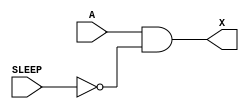
module sky130_fd_sc_hd__lpflow_inputiso0p (
    X    ,
    A    ,
    SLEEP
);

    // Module ports
    output X    ;
    input  A    ;
    input  SLEEP;

    // Module supplies
    supply1 VPWR;
    supply0 VGND;
    supply1 VPB ;
    supply0 VNB ;

    // Local signals
    wire sleepn;

    //  Name  Output  Other arguments
    not not0 (sleepn, SLEEP          );
    and and0 (X     , A, sleepn      );

endmodule